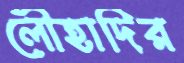
লৌহাদির